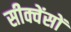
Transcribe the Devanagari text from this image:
सीक्वेंसों